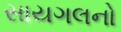
સાયગલનો